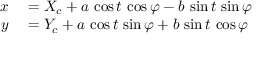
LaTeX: \begin{array} { r l } { x } & { { } = X _ { c } + a \, \cos t \, \cos \varphi - b \, \sin t \, \sin \varphi } \\ { y } & { { } = Y _ { c } + a \, \cos t \, \sin \varphi + b \, \sin t \, \cos \varphi } \end{array}